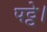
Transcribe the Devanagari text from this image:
पट्टे।